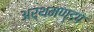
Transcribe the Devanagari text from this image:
अर्थमण्डप